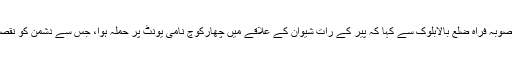
جہادی ذرائع نے صوبہ فراہ ضلع بالابلوک سے کہا کہ پیر کے رات شیوان کے علاقے میں چھارکوچ نامی یونٹ پر حملہ ہوا، جس سے دشمن کو نقصانات کا سامنا ہوا۔